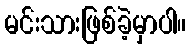
မင်းသားဖြစ်ခဲ့မှာပါ။